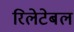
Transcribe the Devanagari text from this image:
रिलेटेबल